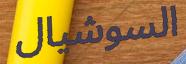
السوشيال